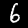
Digit: 6